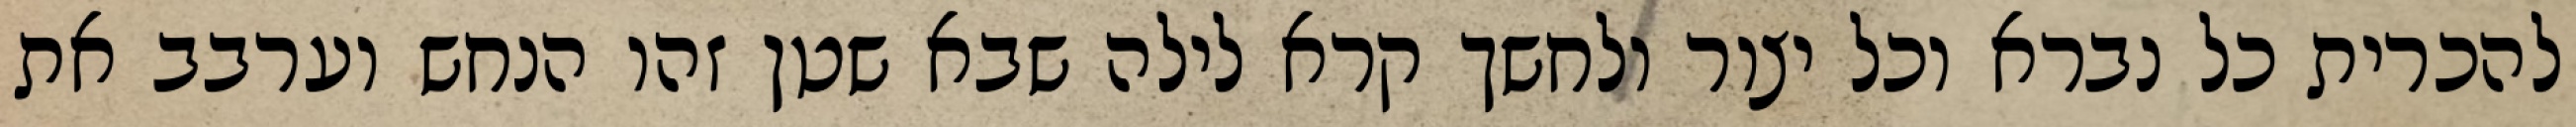
להכרית כל נברא וכל יצור ולחשך קרא לילה שבא שטן זהו הנחש וערבב את